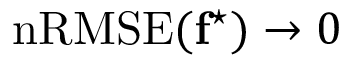
\mathrm { n R M S E } ( \mathbf { f } ^ { \star } ) \rightarrow 0